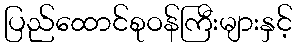
ပြည်ထောင်စုဝန်ကြီးများနှင့်